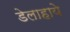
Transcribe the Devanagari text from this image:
डेलाहाये